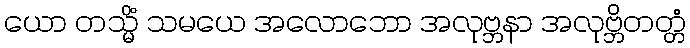
ယော တသ္မိံ သမယေ အလောဘော အလုဗ္ဘနာ အလုဗ္ဘိတတ္တံ